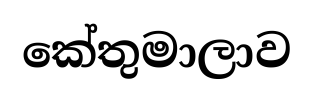
කේතුමාලාව